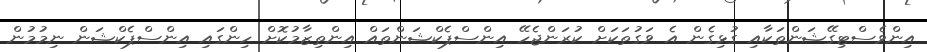
އިންވެސްޓިގޭޝަންތަކާއި ގުޅިގެން އެ ވަގުތަކަށް ކުރަންޖެހޭ އިންސްޕެކްޝަންތައް އިންތިޒާމުކޮށް ހިންގައި އިންސްޕެކްޝަން ނިމުމުން